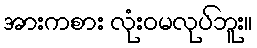
အားကစား လုံးဝမလုပ်ဘူး။